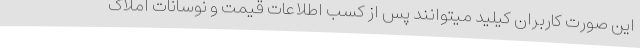
این صورت کاربران کیلید میتوانند پس از کسب اطلاعات قیمت و نوسانات املاک